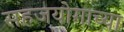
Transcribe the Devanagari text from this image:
सहजयोगाच्या